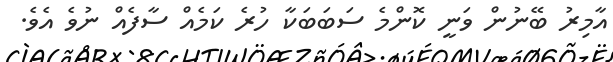
އާމިރު ބޭނުން ވަނީ ކޮންމެ ސަބަބަކާ ހުރެ ކަމެއް ސާފެއް ނުވެ އެވެ.